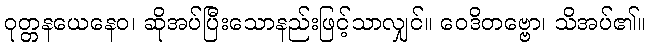
ဝုတ္တနယေနေဝ၊ ဆိုအပ်ပြီးသောနည်းဖြင့်သာလျှင်။ ဝေဒိတဗ္ဗော၊ သိအပ်၏။